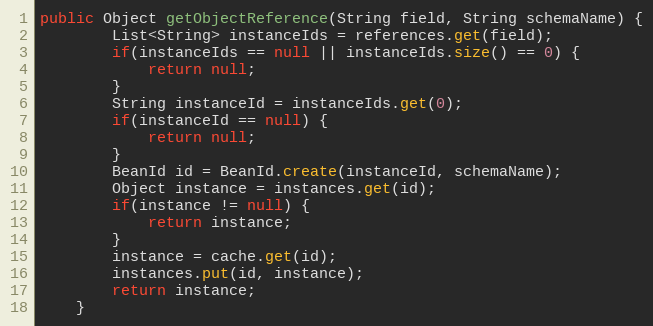
Language: Java
public Object getObjectReference(String field, String schemaName) {
        List<String> instanceIds = references.get(field);
        if(instanceIds == null || instanceIds.size() == 0) {
            return null;
        }
        String instanceId = instanceIds.get(0);
        if(instanceId == null) {
            return null;
        }
        BeanId id = BeanId.create(instanceId, schemaName);
        Object instance = instances.get(id);
        if(instance != null) {
            return instance;
        }
        instance = cache.get(id);
        instances.put(id, instance);
        return instance;
    }